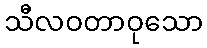
သီလဝတာဝုသော